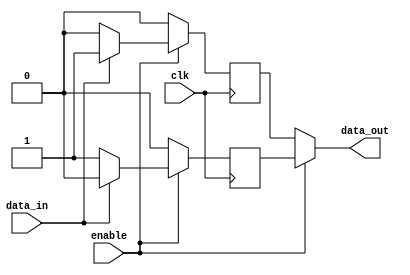
module push_pull_buffer(
    input clk,
    input enable,
    input data_in,
    output reg data_out
);

reg pull_up, pull_down;

always @ (posedge clk) begin
    if(enable) begin
        if(data_in) begin
            pull_up <= 0;
            pull_down <= 1;
        end else begin
            pull_up <= 1;
            pull_down <= 0;
        end
    end else begin
        pull_up <= 0;
        pull_down <= 0;
    end
end

assign data_out = enable ? pull_up : pull_down;

endmodule